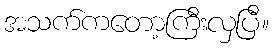
အသက်ကတော့ကြီးလှပြီ။